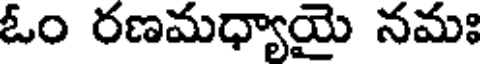
ఓం రణమధ్యాయై నమః